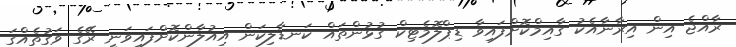
ރާއްޖެ އިން އިރާނާއެކު ގާއިމްކޮށްފައިވާ ޑިޕްލޮމެޓިކް ގުޅުންތައް ކަނޑާލިކަން އިއުލާންކޮށްފައިވަނީ ރޭގެ ވަގުތެއްގަ